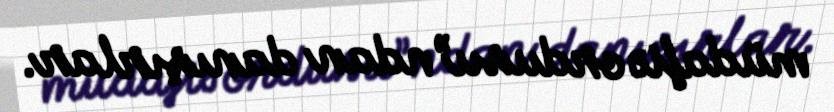
müdafiə ordusu”ndan danışırlar.